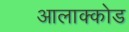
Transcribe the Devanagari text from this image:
आलाक्कोड